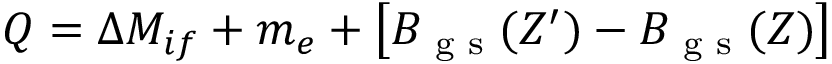
Q = \Delta M _ { i f } + m _ { e } + \left[ B _ { \textrm { g s } } ( Z ^ { \prime } ) - B _ { \textrm { g s } } ( Z ) \right]